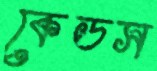
কেডস